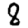
Digit: 8